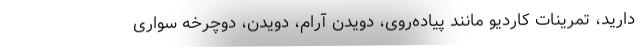
دارید، تمرینات کاردیو مانند پیاده‌روی، دویدن آرام، دویدن، دوچرخه سواری